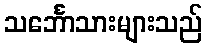
သင်္ဘောသားများသည်